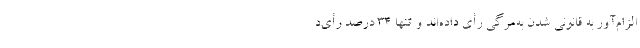
الزام‌آور به قانونی شدن به‌مرگی رأی داده‌اند و تنها ۳۴ درصد رأی‌د